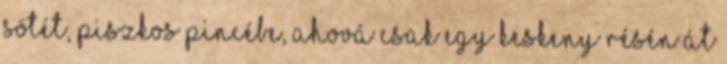
sötét, piszkos Pincébe, ahová csak egy keskeny résén át